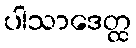
ပါသာဒေတ္ထ